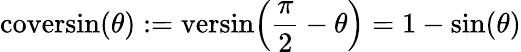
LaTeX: {\textrm{coversin}}(\theta):={\textrm{versin}}\! \left({\frac{\pi}{2}}-\theta\right)=1-\sin(\theta)